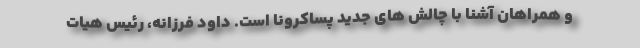
و همراهان آشنا با چالش های جدید پساکرونا است. داود فرزانه، رئیس هیات